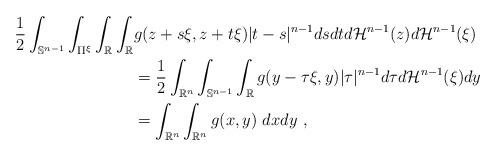
LaTeX: \begin{align*}\frac{1}{2}\int_{\mathbb{S}^{n-1}}\int_{\Pi^{\xi}}\int_{\mathbb{R}}\int_{\mathbb{R}} & g(z+s\xi,z+t\xi)|t-s|^{n-1}dsdtd\mathcal{H}^{n-1}(z)d\mathcal{H}^{n-1}(\xi)\\& =\frac{1}{2}\int_{\mathbb{R}^{n}}\int_{\mathbb{S}^{n-1}}\int_{\mathbb{R}}g(y-\tau\xi,y)|\tau|^{n-1}d\tau d\mathcal{H}^{n-1}(\xi)dy\\& =\int_{\mathbb{R}^{n}}\int_{\mathbb{R}^{n}}g(x,y)~dxdy~,\end{align*}